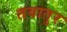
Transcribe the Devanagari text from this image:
तवातुर